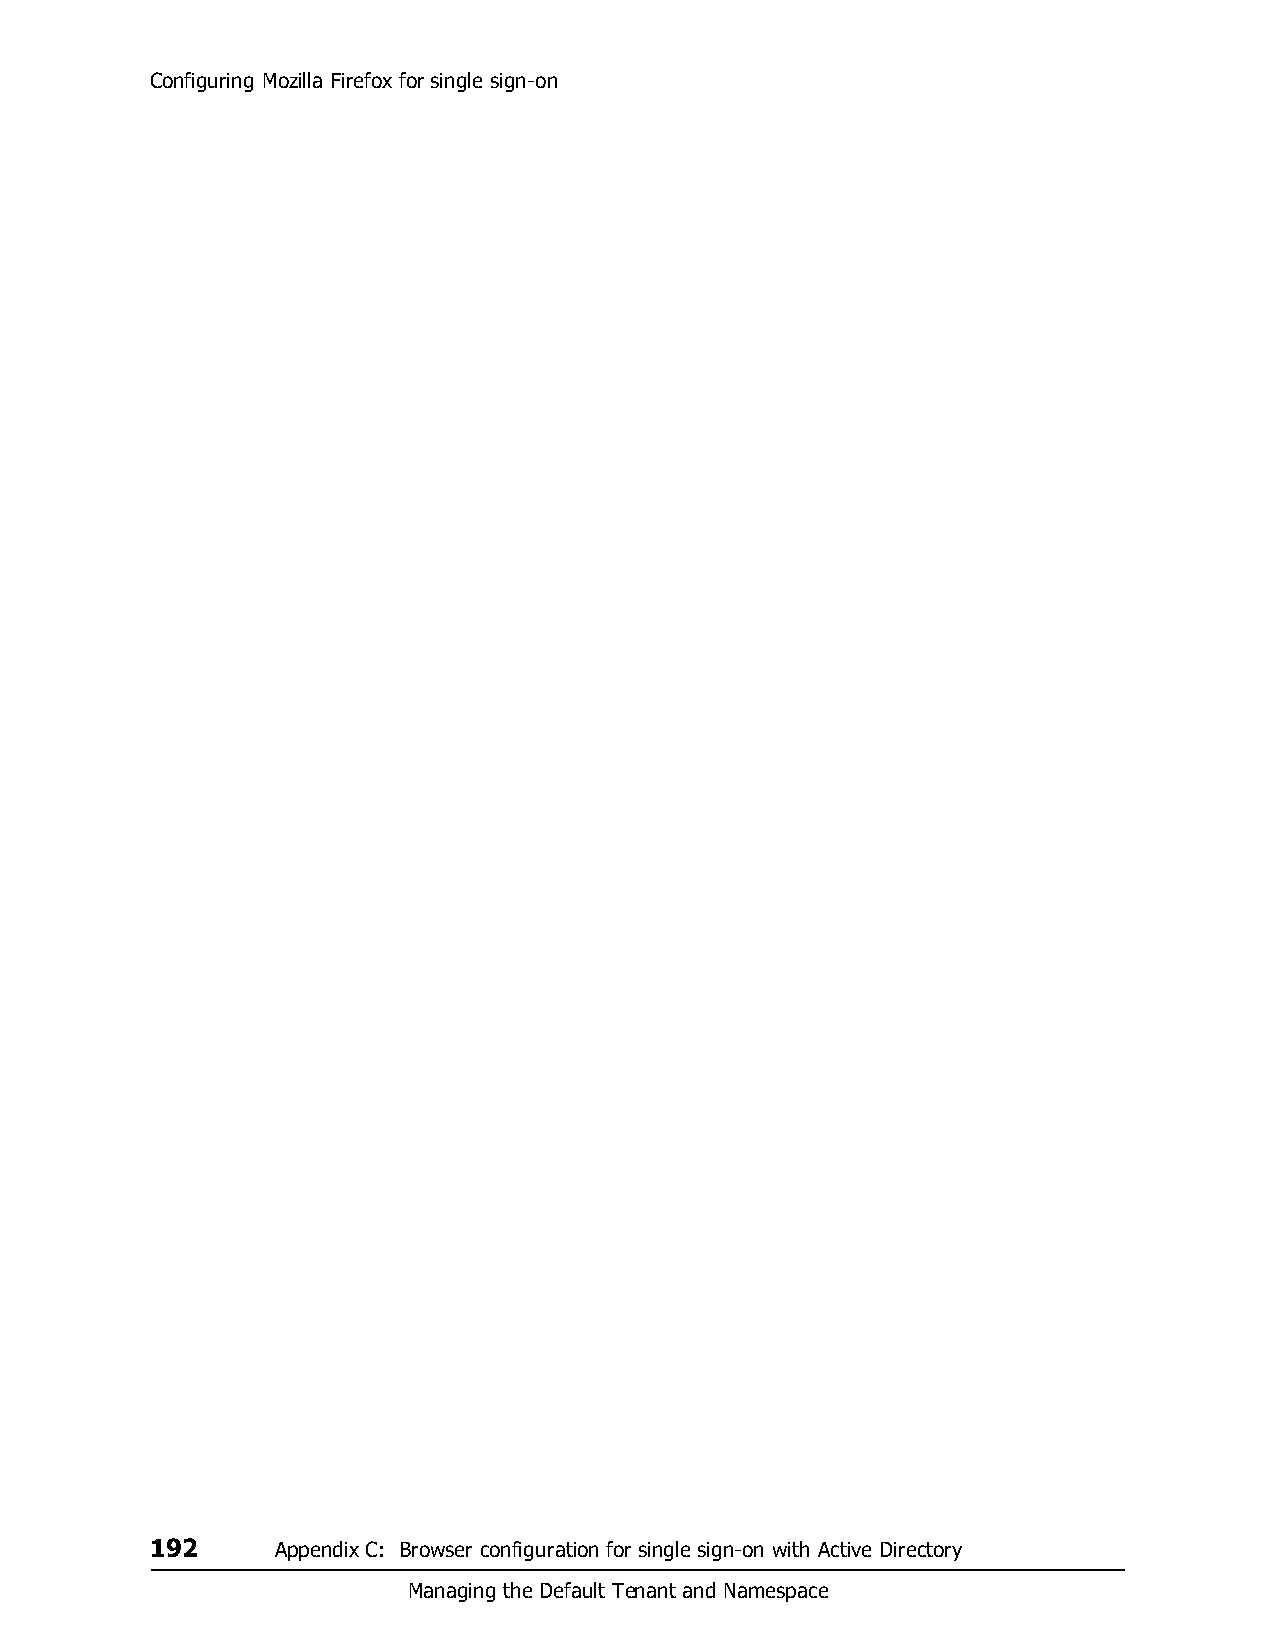
Configuring Mozilla Firefox for single sign-on
 192     Appendix C: Browser configuration for single sign-on with Active Directory
 Managing the Default Tenant and Namespace